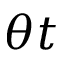
\theta t